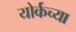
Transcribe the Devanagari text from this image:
योर्कच्या